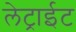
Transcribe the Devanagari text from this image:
लेट्राईट